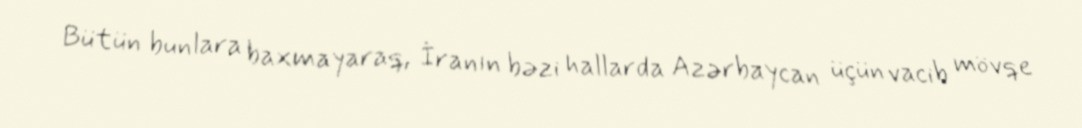
Bütün bunlara baxmayaraq, İranın bəzi hallarda Azərbaycan üçün vacib mövqe